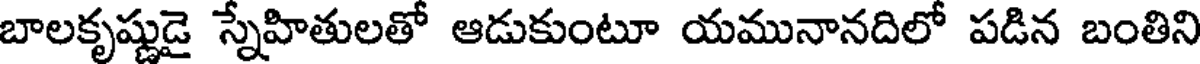
బాలకృష్ణుడై స్నేహితులతో ఆడుకుంటూ యమునానదిలో పడిన బంతిని